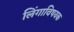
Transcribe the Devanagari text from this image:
लिंगाविषयक